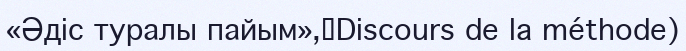
«Әдіс туралы пайым»,（Discours de la méthode)